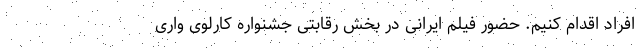
افراد اقدام کنیم. حضور فیلم ایرانی در بخش رقابتی جشنواره کارلوی واری